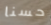
حسنا